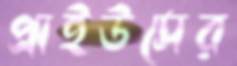
প্রাইউসের